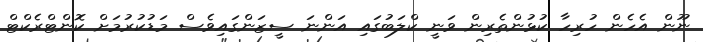
ނޫން އެހެން ހުރިހާ ކުޅުންތެރިން ވަނީ ކްލަބުގައި އަންނަ ސީޒަންގައިވެސް މަޑުކުރުމަށް ކޮންޓްރެކްޓް